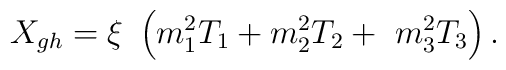
X_{gh}=\xi \ \left( m_{1}^{2}T_{1}+m_{2}^{2}T_{2}+\ m_{3}^{2}T_{3}\right) .